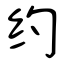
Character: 约